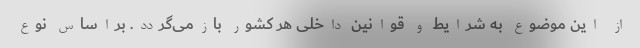
از این موضوع به شرایط و قوانین داخلی هر کشور بازمی‌گردد. براساس نوع